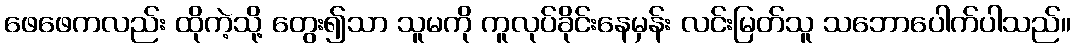
ဖေဖေကလည်း ထိုကဲ့သို့ တွေး၍သာ သူမကို ကူလုပ်ခိုင်းနေမှန်း လင်းမြတ်သူ သဘောပေါက်ပါသည်။